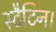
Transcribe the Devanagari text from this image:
स्टैटिन।